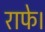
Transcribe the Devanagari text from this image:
राफे।